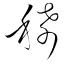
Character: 稀